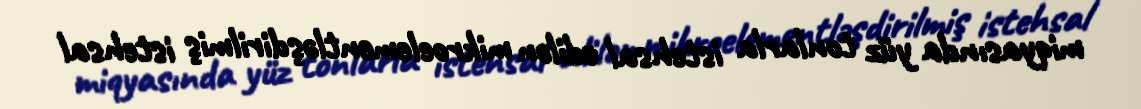
miqyasında yüz tonlarla istehsal edilən mikroelementləşdirilmiş istehsal